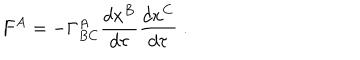
LaTeX: F ^ { A } = - \Gamma _ { B C } ^ { A } \frac { d x ^ { B } } { d \tau } \frac { d x ^ { C } } { d \tau } \; .